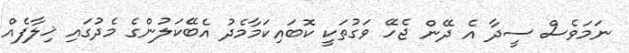
ނަމަވެސް ސީދާ އެ ދޭން ޖެހޭ ވަގުތަކީ ކޮބައިކަމާމެދު އެބޭކަލުންގެ މެދުގައި ޚިލާފެއް